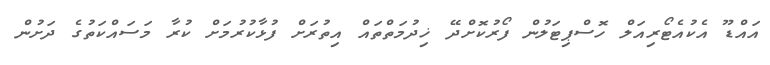
އައްޑޫ އެކުއެޓޯރިއަލް ހޮސްޕިޓަލުން ފޯރުކޮށްދޭ ޚިދުމަތްތައް އިތުރަށް ފުޅާކުރުމަށް ކުރާ މަސައްކަތުގެ ދަށުން